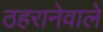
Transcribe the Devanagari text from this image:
ठहरानेवाले